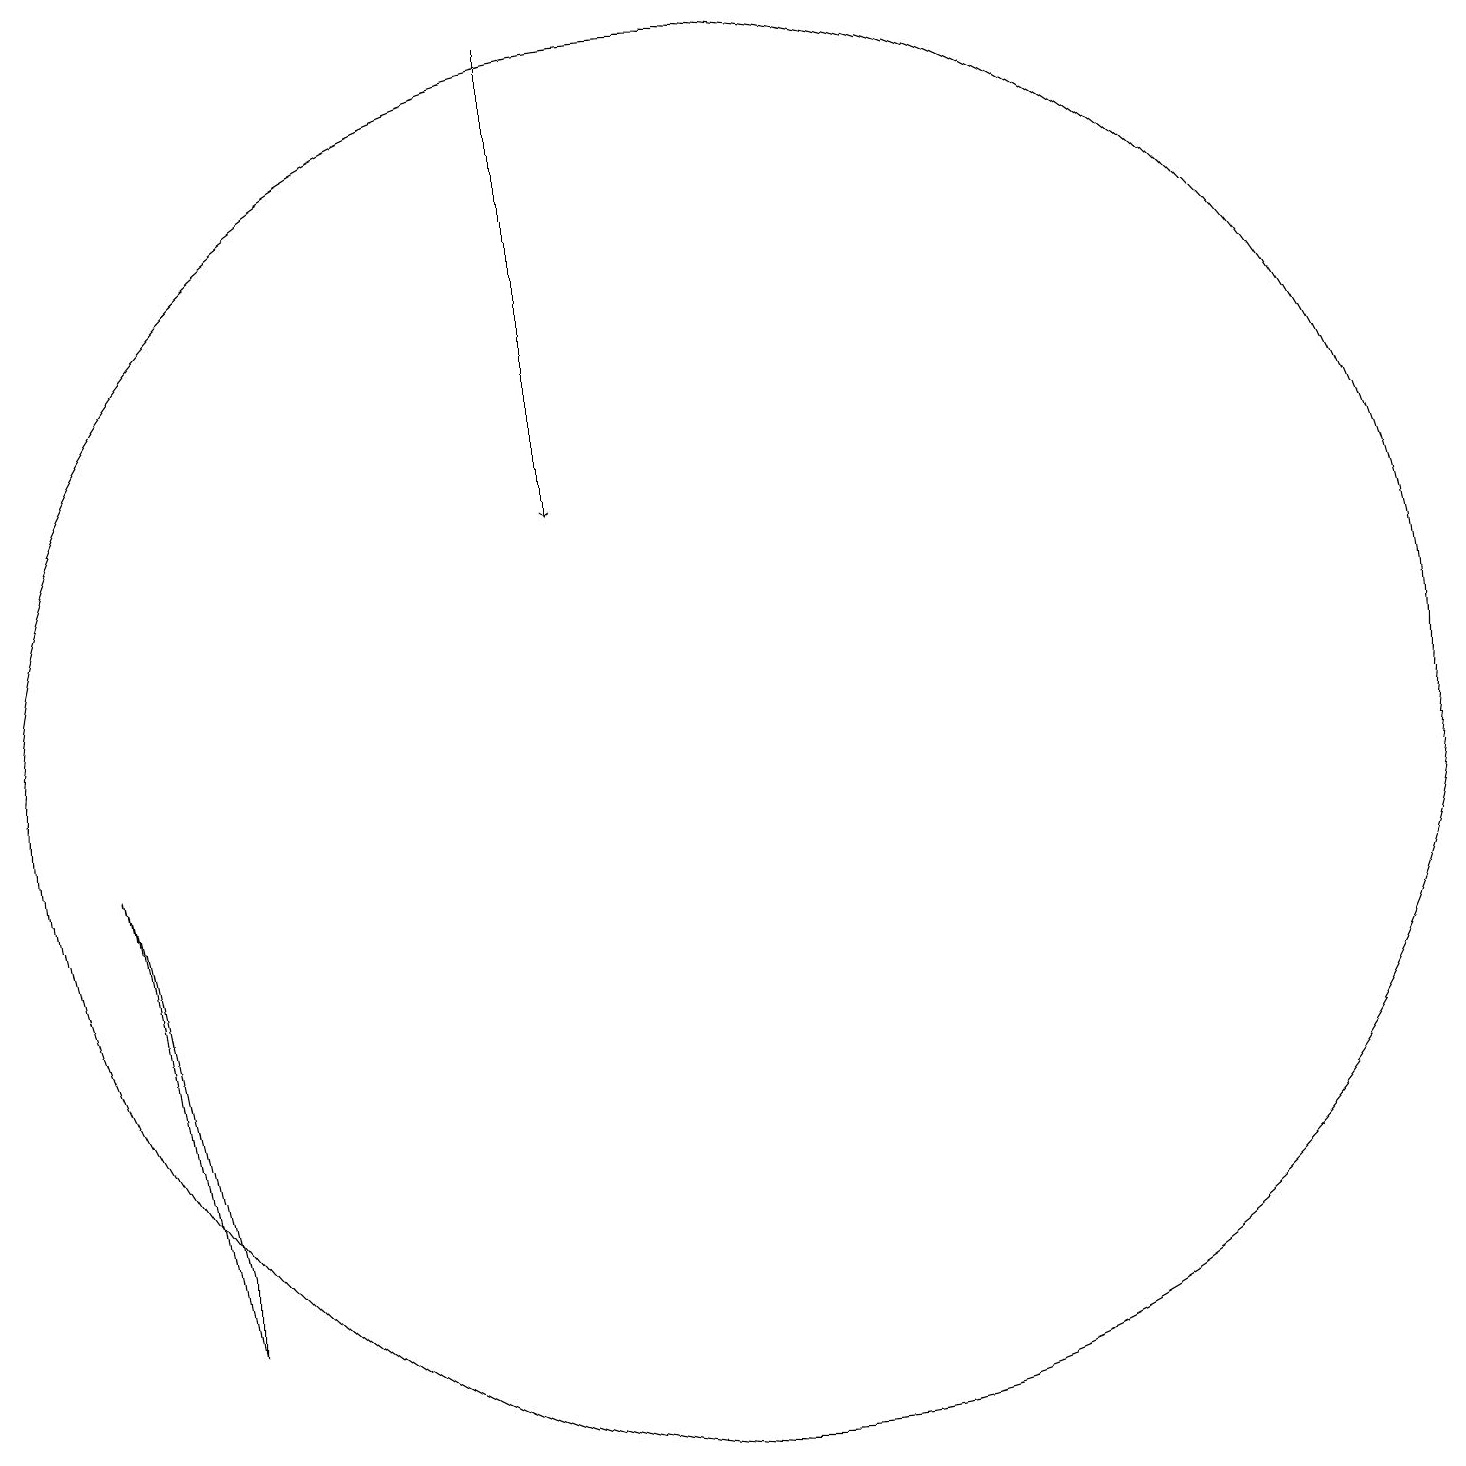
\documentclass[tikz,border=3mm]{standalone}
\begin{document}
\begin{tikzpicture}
\draw (4,4) -- (3,9) -- (4,3) -- cycle;
\draw (11,10) circle (9);
\draw[->] (9,19) -- (9,13);
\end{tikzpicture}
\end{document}